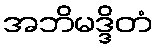
အဘိမဒ္ဒိတံ